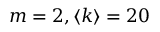
m = 2 , \langle k \rangle = 2 0